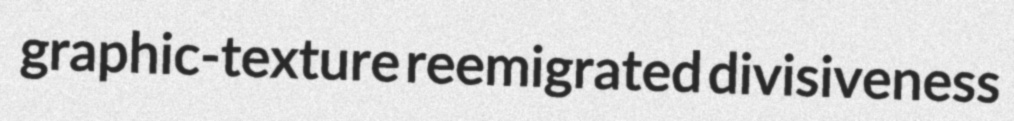
graphic-texture reemigrated divisiveness